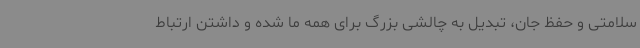
سلامتی و حفظ جان، تبدیل به چالشی بزرگ برای همه ما شده و داشتن ارتباط